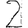
Digit: 2